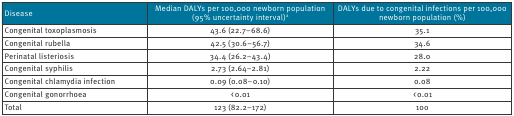
<table><thead><tr><td><b>Disease</b></td><td><b>Median DALYs per 100,000 newborn population (95% uncertainty interval)<sup>a</sup></b></td><td><b>DALYs due to congenital infections per 100,000 newborn population (%)</b></td></tr></thead><tbody><tr><td>Congenital toxoplasmosis</td><td>43.6 (22.7–68.6)</td><td>35.1</td></tr><tr><td>Congenital rubella</td><td>42.5 (30.6–56.7)</td><td>34.6</td></tr><tr><td>Perinatal listeriosis</td><td>34.4 (26.2–43.4)</td><td>28.0</td></tr><tr><td>Congenital syphilis</td><td>2.73 (2.64–2.81)</td><td>2.22</td></tr><tr><td>Congenital chlamydia infection</td><td>0.09 (0.08–0.10)</td><td>0.08</td></tr><tr><td>Congenital gonorrhoea</td><td> &lt; 0.01</td><td> &lt; 0.01</td></tr><tr><td><b>Total</b></td><td><b>123 (82.2–172)</b></td><td><b>100</b></td></tr></tbody></table>